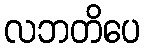
လဘတိပေ